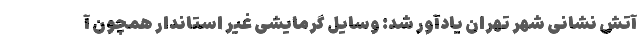
آتش نشانی شهر تهران یادآور شد: وسایل گرمایشی غیر استاندار همچون آ